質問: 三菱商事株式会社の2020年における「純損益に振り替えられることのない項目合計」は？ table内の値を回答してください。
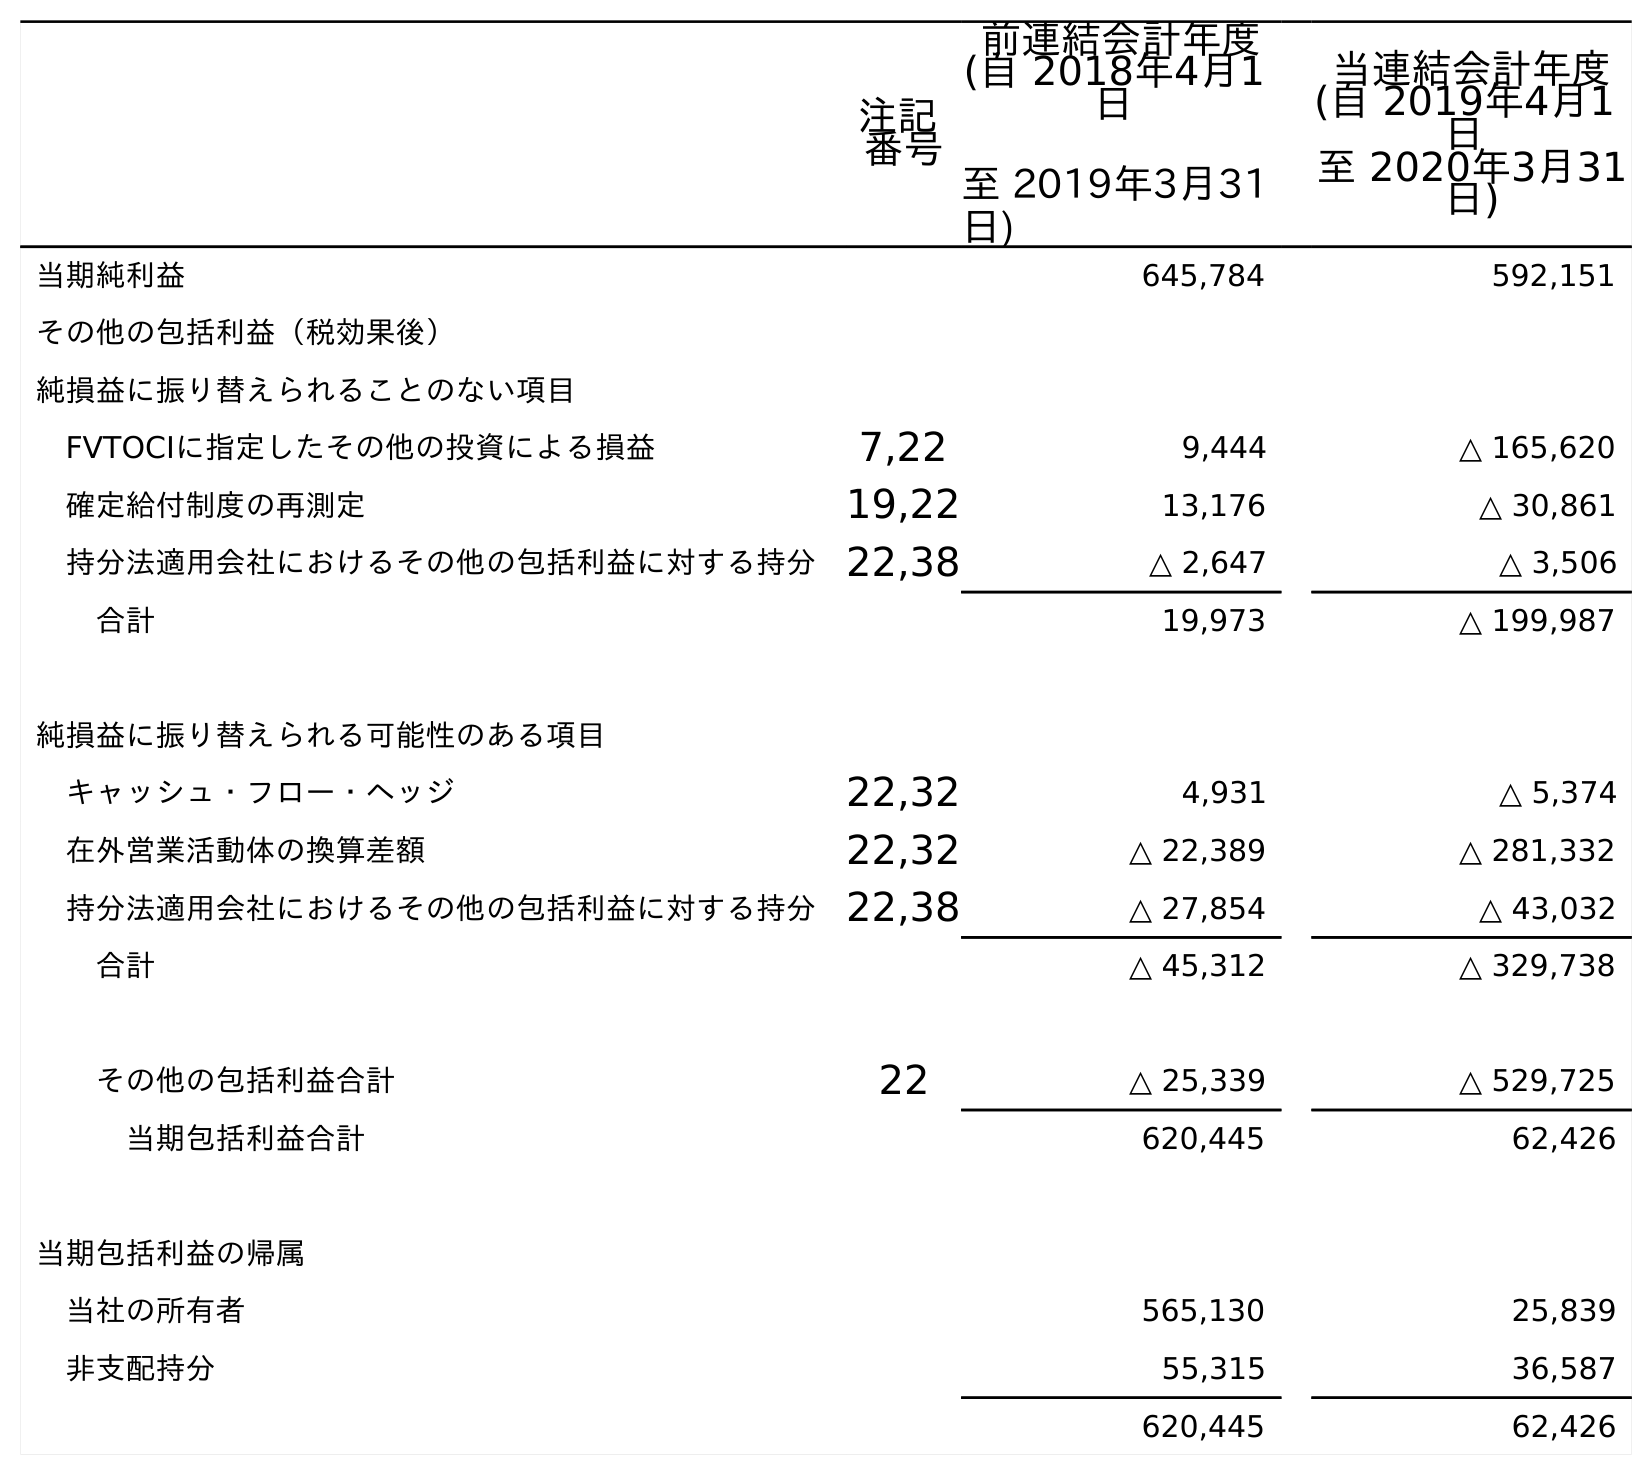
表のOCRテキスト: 注記 番号 前連結会計年度 (自 2018年4月1 日 至 2019年3月31 日) 当連結会計年度 (自 2019年4月1 日 至 2020年3月31 日) 当期純利益 645,784 592,151 その他の包括利益（税効果後） 純損益に振り替えられることのない項目 FVTOCIに指定したその他の投資による損益 7,22 9,444 △ 165,620 確定給付制度の再測定 19,22 13,176 △ 30,861 持分法適用会社におけるその他の包括利益に対する持分22,38 △ 2,647 △ 3,506 合計 19,973 △ 199,987 純損益に振り替えられる可能性のある項目 キャッシュ・フロー・ヘッジ 22,32 4,931 △ 5,374 在外営業活動体の換算差額 22,32 △ 22,389 △ 281,332 持分法適用会社におけるその他の包括利益に対する持分22,38 △ 27,854 △ 43,032 合計 △ 45,312 △ 329,738 その他の包括利益合計 22 △ 25,339 △ 529,725 当期包括利益合計 620,445 62,426 当期包括利益の帰属 当社の所有者 565,130 25,839 非支配持分 55,315 36,587 620,445 62,426
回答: △199,987